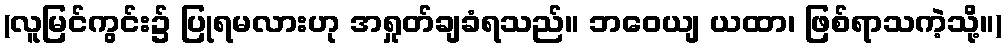
(လူမြင်ကွင်း၌ ပြုရမလားဟု အရှုတ်ချခံရသည်။ ဘဝေယျ ယထာ၊ ဖြစ်ရာသကဲ့သို့။)